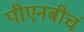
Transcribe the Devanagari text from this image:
पीएनबीचं